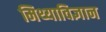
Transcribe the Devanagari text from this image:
मिथ्याविज्ञान